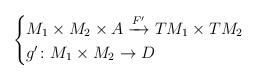
LaTeX: \begin{align*} \begin{cases}M_1\times M_2\times A \xrightarrow{F'} TM_1\times TM_2 \\g'\colon M_1\times M_2 \to D\end{cases}\end{align*}